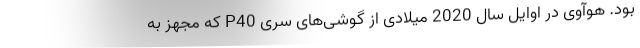
بود. هوآوی در اوایل سال 2020 میلادی از گوشی‌های سری P40 که مجهز به